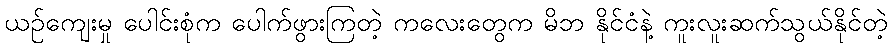
ယဉ်ကျေးမှု ပေါင်းစုံက ပေါက်ဖွားကြတဲ့ ကလေးတွေက မိဘ နိုင်ငံနဲ့ ကူးလူးဆက်သွယ်နိုင်တဲ့